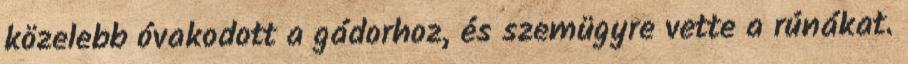
közelebb óvakodott a gádorhoz, és szemügyre vette a rúnákat.